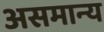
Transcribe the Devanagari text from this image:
असमान्‍य